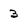
Character: 3